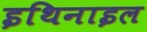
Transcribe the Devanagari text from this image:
इथिनाइल